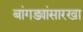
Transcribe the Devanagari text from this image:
बांगड्यांसारखा